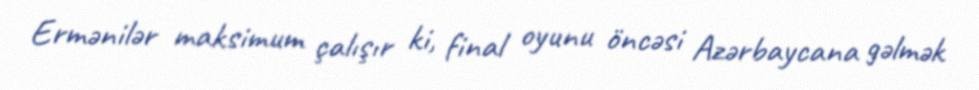
Ermənilər maksimum çalışır ki, final oyunu öncəsi Azərbaycana gəlmək